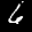
Label: 6